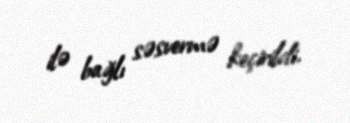
ilə bağlı səsvermə keçirildi.